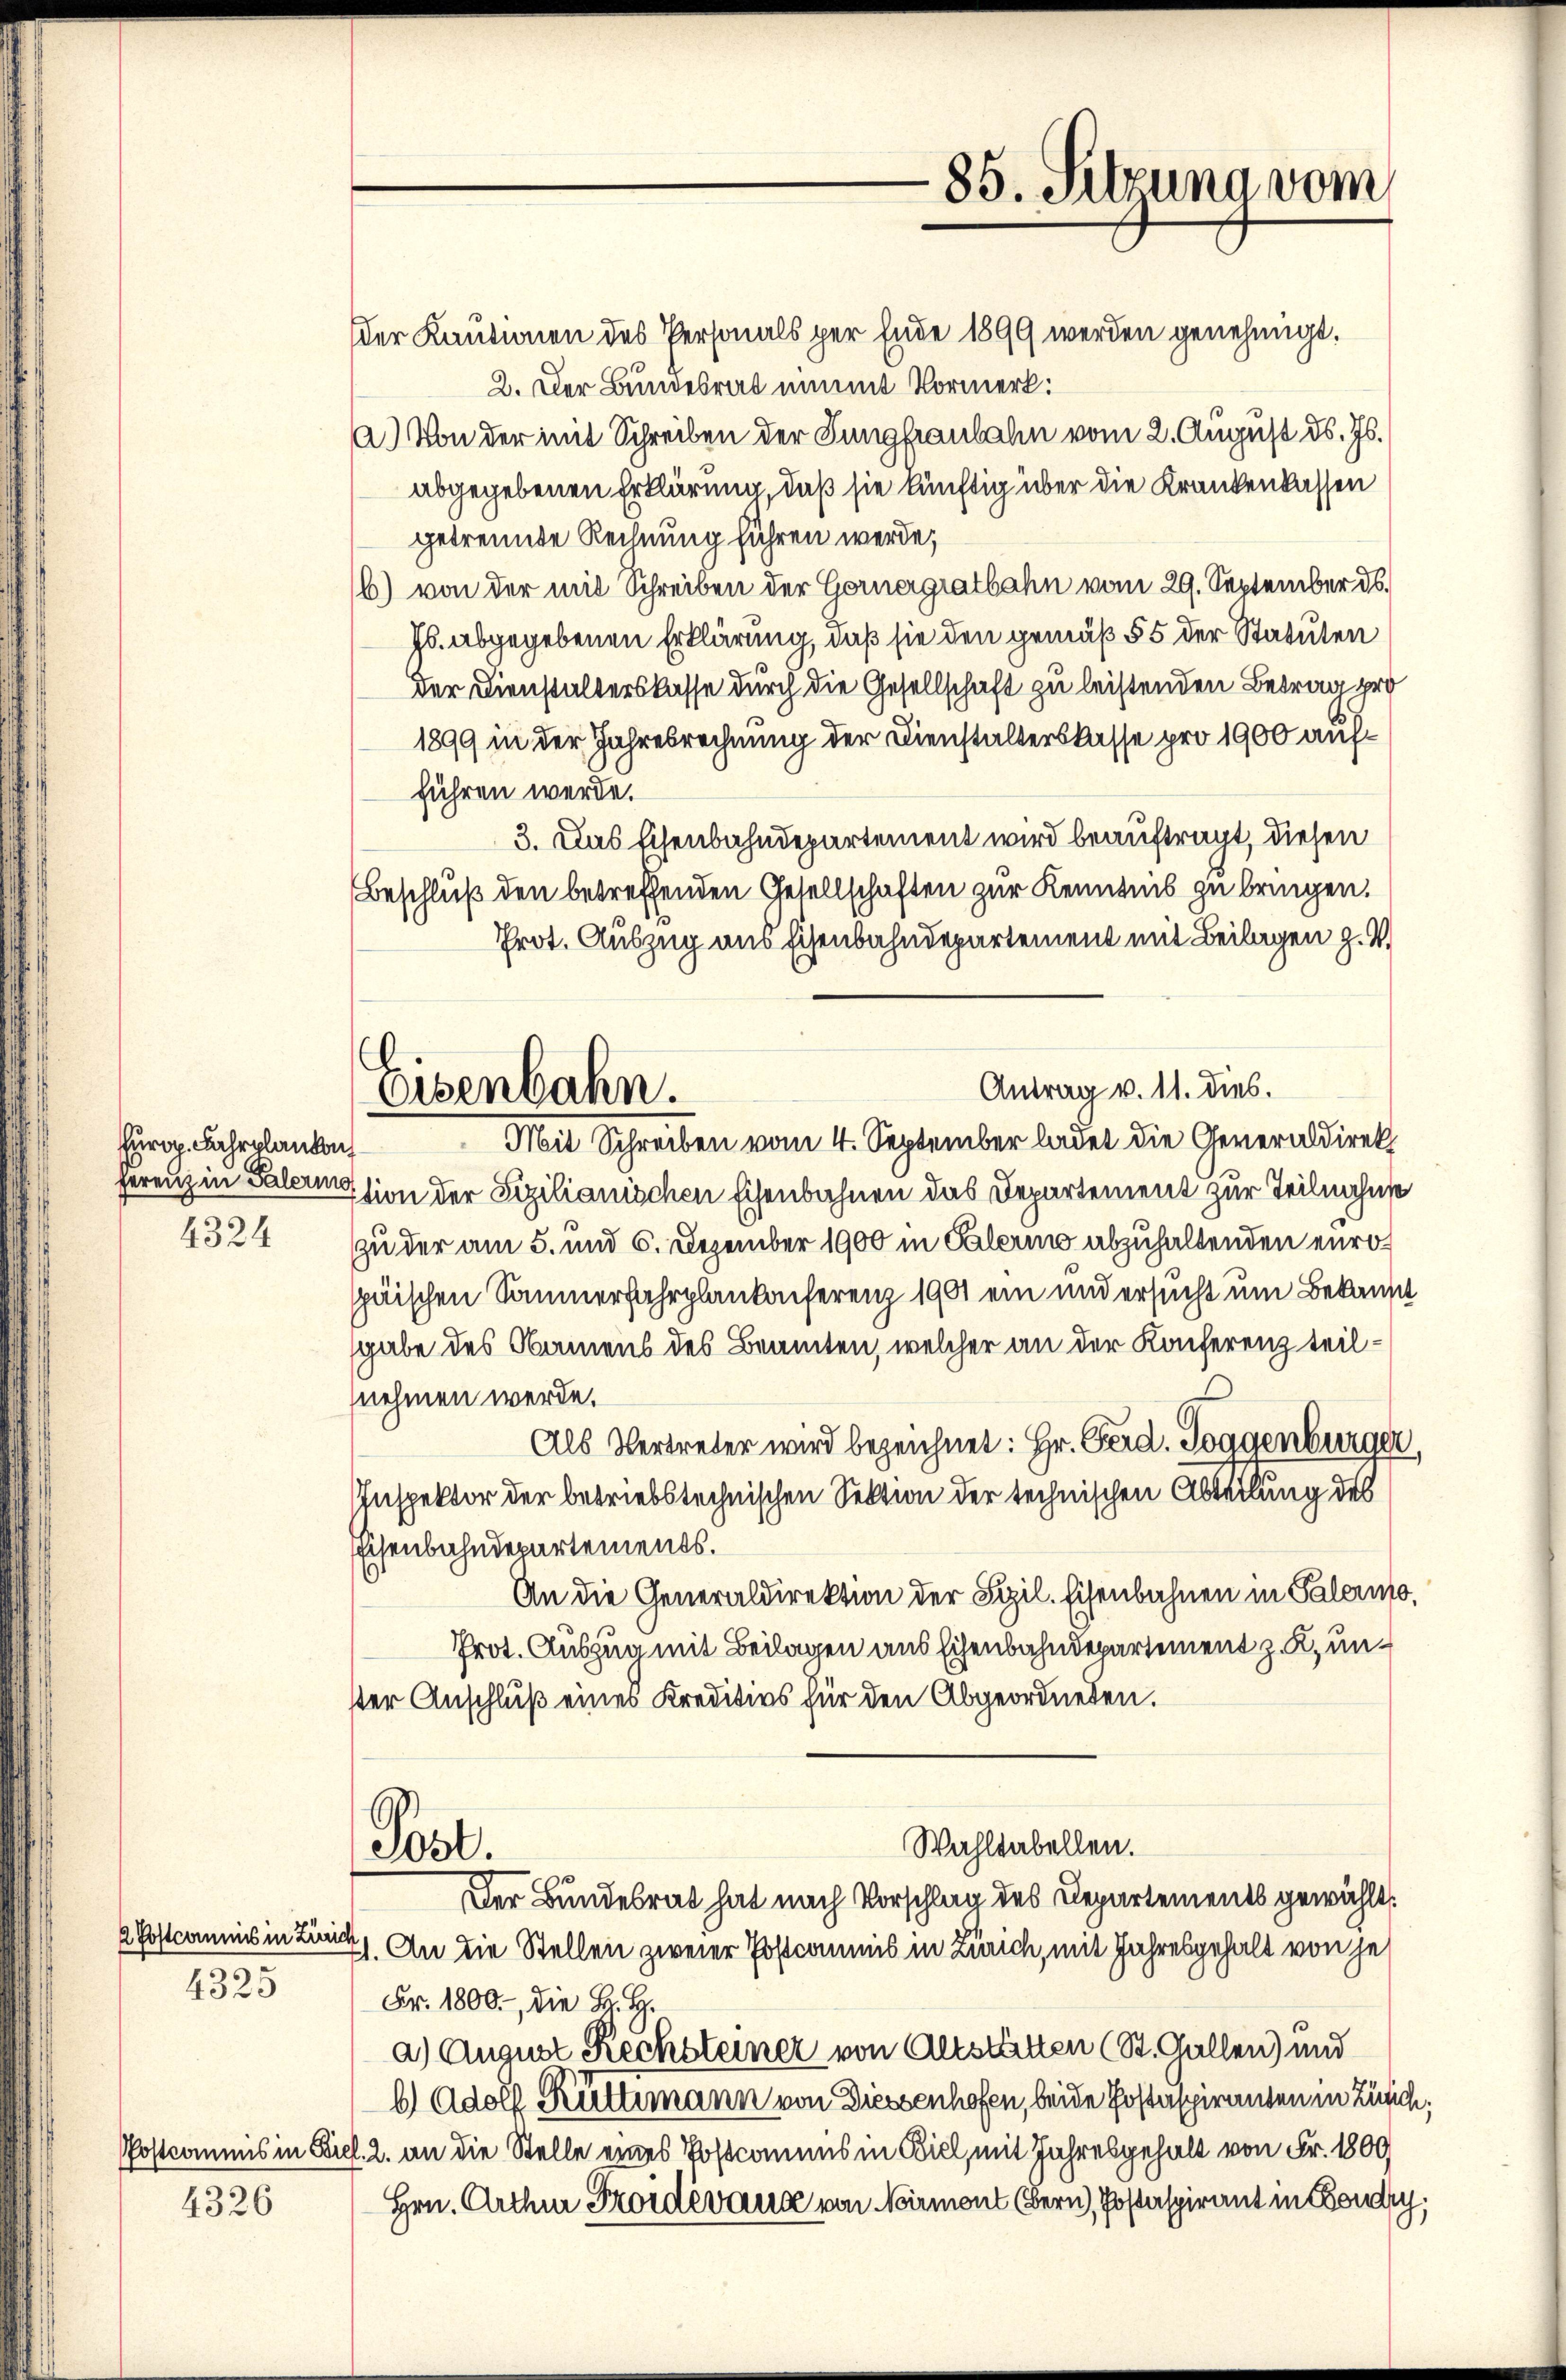
hurd. Fahrplanken
4324

2 Postcommis in Zürich
4323

4326

Eisenbahn.

der Kautionen des Personals per Ende 1899 werden genehmigt.
2. Der Bundesrat nimmt Vormerk:
a.) Von der mit Schreiben der Jungfraubahn vom 2. August ds. Js.
abgegebenen Erklärung, daß sie künftig über die Krankenkassen
getrennte Rechnung führen werde;
b) von der mit Schreiben der Gernergratbahn vom 29. September d.
Js. abgegebenen Erklärung, daß sie den gemäß § 5 der Statuten
der Dienstalterskasse durch die Gesellschaft zu leistenden Betrag pro
1899 in der Jahresrechnung der Dienstalterskasse pro 1900 aufführen werde.
3. Das Eisenbahndepartement wird beauftragt, diesen
Beschluß den betreffenden Gesellschaften zur Kenntnis zu bringen.
Prot. Auszug aus Eisenbahndepartement mit Beilagen z. T.
Antrag v. 11. dies.
Mit Schreiben vom 4. September ladet die Generaldirek
ferenz in Palerission der Sizilianischen Eisenbahnen das Departement zur Teilnahme
zu der am 5. und 6. Dezember 1900 in Palerino abzuhaltenden europäischen Sommerfahrplankonferenz 1901 ein und ersucht um Bekannt
sgabe des Namens des Beamten, welcher an der Konferenz teilnehmen werde.
Als Vertreter wird bezeichnet: Hr. Ferd. Toggenburger,
Inspektor der betriebstechnischen Sektion der technischen Abteilung des
Eisenbahndepartements.
An die Generaldirektion der Spil. Eisenbahnen in Palermo,
Prot. Auszug mit Beilagen aus Eisenbahndepartement z. K. untter Anschluß eines Kreditivs für den Abgeordneten.
Wahltabellen.
Post.
Der Bundesrat hat nach Vorschlag des Departements gewählt
71. An die Stellen zweier Postcomnis in Zürich, mit Jahresgehalt von je
Fr. 1800. die B. B.
a) August Rechsteiner von Altstätten (St. Gallen) und
b) Adolf Rüttimann von Diessenhofen, beide Postaspiranten in Zürich,
Postcommis in Biel. 2. an die Stelle eines Postcommis in Biel, mit Jahresgehalt von Fr. 1800
Hrn. Arthin Froidévaud von Noirmont (Bern, Postaspirant in Boudry.

85. Setzung vom